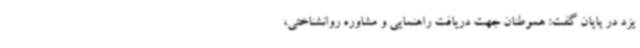
یزد در پایان گفت: هموطنان جهت دریافت راهنمایی و مشاوره روانشناختی،